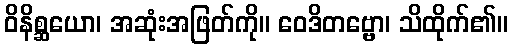
ဝိနိစ္ဆယော၊ အဆုံးအဖြတ်ကို။ ဝေဒိတဗ္ဗော၊ သိထိုက်၏။